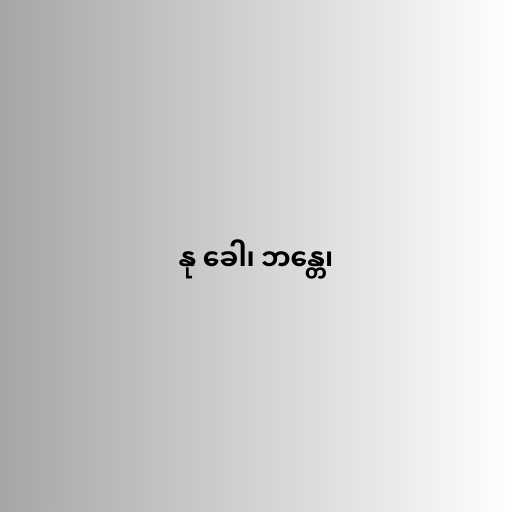
နု ခေါ၊ ဘန္တေ၊